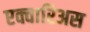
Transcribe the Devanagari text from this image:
एक्वारिअस